Civil Veterinary Dept. Bombay admin report 1893-99 - 1893-1899
Year: 1893
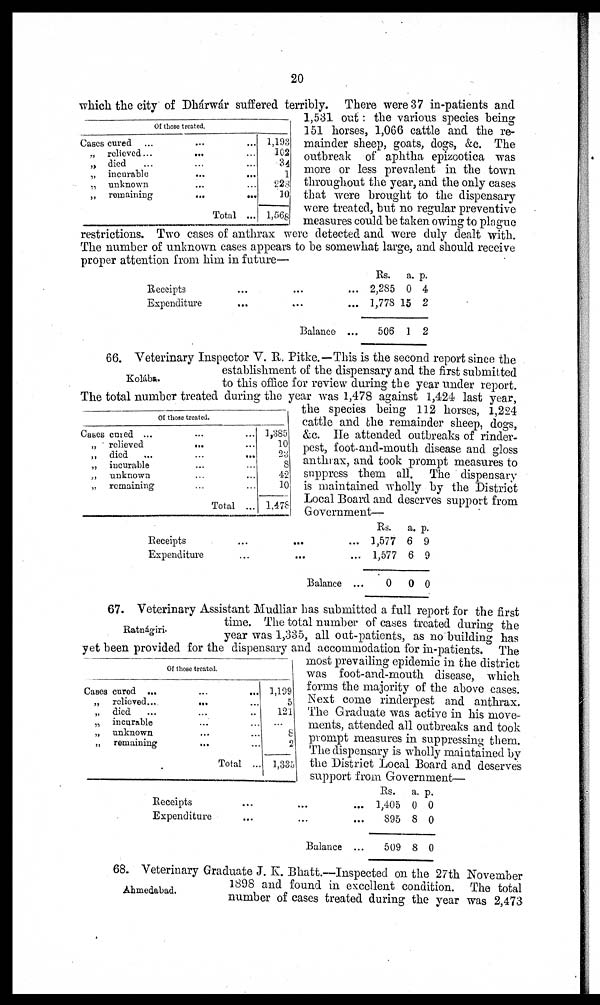
20
Of those treated.
Cases cured
...
...
...
„ relieved ...
... ...
„ died ... ... ...
„ incurable
... ...
„ unknown ... ...
„ remaining... ...
Total ...
1,193
102
34
1
228
10
1,568
which the city of Dhárwár suffered terribly. There were 37 in-patients and
1,531 out: the various species being
151 horses, 1,066 cattle and the re-
mainder sheep, goats, dogs, &c. The
outbreak of aphtha epizootica was
more or less prevalent in the town
throughout the year, and the only cases
that were brought to the dispensary
were treated, but no regular preventive
measures could be taken owing to plague
restrictions. Two cases of anthrax were detected and were duly dealt with.
The number of unknown cases appears to be somewhat large, and should receive
proper attention from him in future—
Receipts
...
...
Expenditure
... ...
Balance
Rs.
... 2,285
... 1,778
... 506
a.
0
15
1
p.
4
2
2
Kolába.
Of those treated.
Cases cured ...
...
...
„
relieved...
...
„ died
...
...
...
„
incurable...
„ unknown... ...
„ remaining... ...
Total ...
1,385
10
23
8
42
10
1,478
66. Veterinary Inspector V. R. Pitke.—This is the second report since the
establishment of the dispensary and the first submitted
to this office for review during the year under report.
The total number treated during the year was 1,478 against 1,424 last year,
the species being 112 horses, 1,224
cattle and the remainder sheep, dogs,
&c. He attended outbreaks of rinder-
pest, foot-and-mouth disease and gloss
anthrax, and took prompt measures to
suppress them all. The dispensary
is maintained wholly by the District
Local Board and deserves support from
Government—
Receipts... ... ...
Expenditure... ... ...
Balance ...
Rs.
1,577
1,577
0
a.
6
6
0
p.
9
9
0
Ratnágiri.
67. Veterinary Assistant Mudliar has submitted a full report for the first
time. The total number of cases treated during the
year was 1,335, all out-patients, as no building has
yet been provided for the dispensary and accommodation for in-patients. The
most prevailing epidemic in the district
was foot-and-mouth disease, which
forms the majority of the above cases.
Next come rinderpest and anthrax.
The Graduate was active in his move-
ments, attended all outbreaks and took
prompt measures in suppressing them.
The dispensary is wholly maintained by
the District Local Board and deserves
support from Government—
Of those treated.
Cases cured ... ... ...
„ relieved...
... ...
„ died
...
...
..
„ incurable... ...
„
unknown...
„ remaining... ...
Total ...
1,199
5
121
...
8
2
1,335
Receipts ... ... ...
Expenditure ... ... ...
Balance ...
Rs.
1,405
895
509
a.
0
8
8
p.
0
0
0
Ahmedabad.
68. Veterinary Graduate J. K. Bhatt.—Inspected on the 27th November
1898 and found in excellent condition. The total
number of cases treated during the year was 2,473